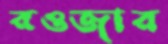
রওজার